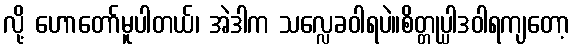
လို့ ဟောတော်မူပါတယ်၊ အဲဒါက သလ္လေခဝါရပဲ။စိတ္တုပ္ပါဒဝါရကျတော့